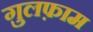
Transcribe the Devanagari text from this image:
ग़ुलफ़ाम